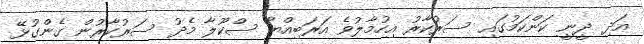
އަދި ދީނީ ކަންކަމުގައި ސަރުކާރު އިހުމާލުވެ އަރަބިއްޔާ ސްކޫލާ މެދު ސަރުކާރުން ގެންގުޅޭ